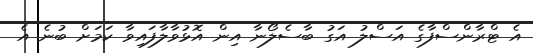
އެ ޓްރާންސްފާގެ އަސްލު އަގު ބާސެލޯނާ އިން އޮޅުވާލާފައިވާ ކަމަށް ބުނެ އެ